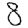
Digit: 8